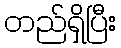
တည်ရှိပြီး